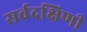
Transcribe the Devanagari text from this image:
सर्वदक्षिणी